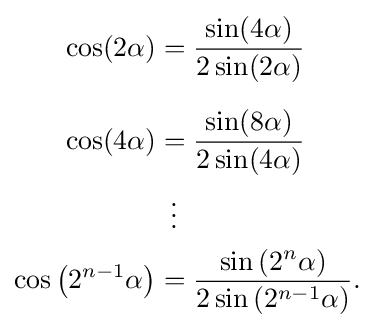
{\begin{aligned}\cos(2\alpha )&={\frac {\sin(4\alpha )}{2\sin(2\alpha )}}\\[6pt]\cos(4\alpha )&={\frac {\sin(8\alpha )}{2\sin(4\alpha )}}\\&\,\,\,\vdots \\\cos \left(2^{n-1}\alpha \right)&={\frac {\sin \left(2^{n}\alpha \right)}{2\sin \left(2^{n-1}\alpha \right)}}.\end{aligned}}